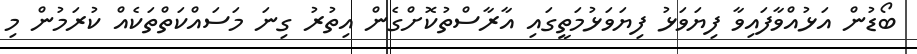
ބޯޑުން އަޅުއްވާފައިވާ ފިޔަވަޅު ފިޔަވަޅުމަތީގައި އާރާސްތުކޮށްގެން އިތުރު ގިނަ މަސައްކަތްތަކެއް ކުރަމުން މި